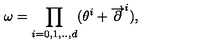
\omega = \prod _ { i = 0 , 1 , . . , d } ( \theta ^ { i } + \overrightarrow { \partial } ^ { i } ) , \nonumber